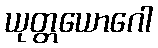
ယုတ္တယောဂေါ